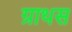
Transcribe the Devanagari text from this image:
ग्राथस